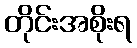
တိုင်းအစိုးရ